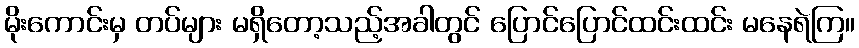
မိုးကောင်းမှ တပ်များ မရှိတော့သည့်အခါတွင် ပြောင်ပြောင်ထင်းထင်း မနေရဲကြ။